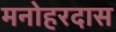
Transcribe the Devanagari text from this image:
मनोहरदास